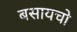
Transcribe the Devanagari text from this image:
बसायचो